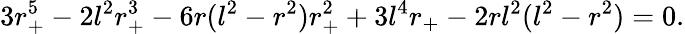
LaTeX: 3r_{+}^{5}-2l^{2}r_{+}^{3}-6r(l^{2}-r^{2})r_{+}^{2}+3l^{4}r_{+}-2rl^{2}(l^{2}-r^{2})=0.